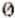
0